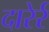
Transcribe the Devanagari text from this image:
दारेर्र